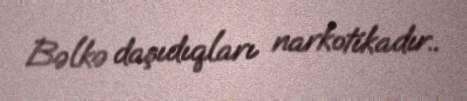
Bəlkə daşıdıqları narkotikadır..